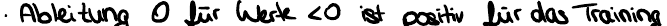
Ableitung 0 für Werte < 0 ist positiv für das Training